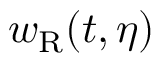
w _ { \mathrm { R } } ( t , \eta )